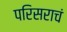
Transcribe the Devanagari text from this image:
परिसराचं